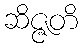
ဆိဇ္ဇတိ